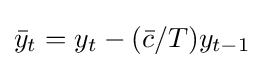
{\bar {y}}_{t}=y_{t}-({\bar {c}}/T)y_{t-1}